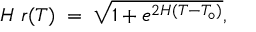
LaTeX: H \; r ( T ) \; = \; \sqrt { 1 + e ^ { 2 H ( T - T _ { \circ } ) } } ,